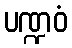
ပဏ္ဍဝံ